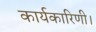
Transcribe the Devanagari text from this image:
कार्यकारिणी।